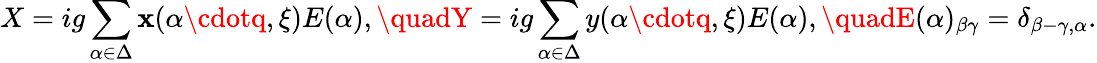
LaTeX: X=ig\sum_{\alpha\in\Delta}\mathbf{x}(\alpha\cdotq,\xi)E(\alpha),\quadY=ig\sum_{\alpha\in\Delta}y(\alpha\cdotq,\xi)E(\alpha),\quadE(\alpha)_{\beta\gamma}=\delta_{\beta-\gamma,\alpha}.